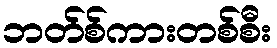
ဘတ်စ်ကားတစ်စီး